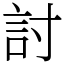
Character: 討